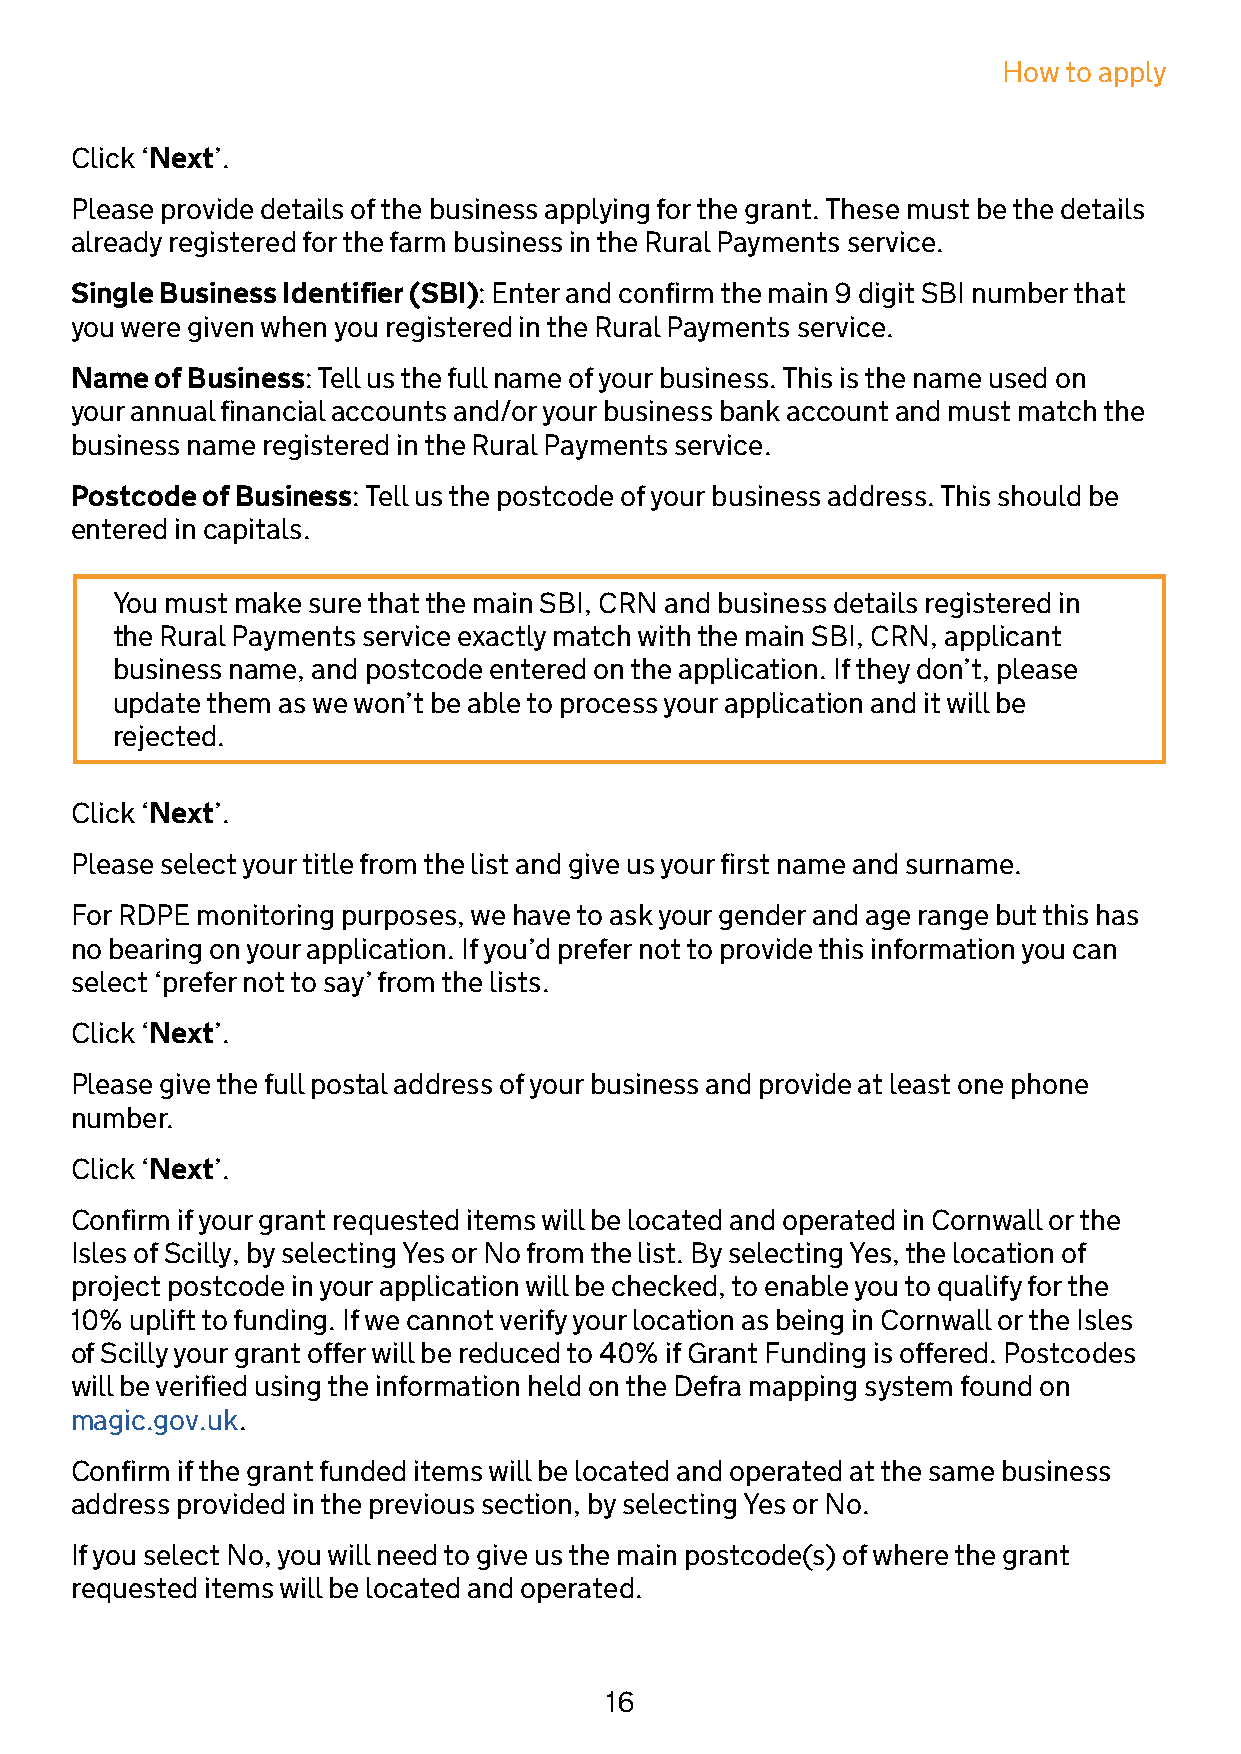
How to apply
 Click ‘Next’.
 Please provide details of the business applying for the grant. These must be the details
 already registered for the farm business in the Rural Payments service.
 Single Business Identifier (SBI): Enter and confirm the main 9 digit SBI number that
 you were given when you registered in the Rural Payments service.
 Name of Business: Tell us the full name of your business. This is the name used on
 your annual financial accounts and/or your business bank account and must match the
 business name registered in the Rural Payments service.
 Postcode of Business: Tell us the postcode of your business address. This should be
 entered in capitals.
 You must make sure that the main SBI, CRN and business details registered in
 the Rural Payments service exactly match with the main SBI, CRN, applicant
 business name, and postcode entered on the application. If they don’t, please
 update them as we won’t be able to process your application and it will be
 rejected.
 Click ‘Next’.
 Please select your title from the list and give us your first name and surname.
 For RDPE monitoring purposes, we have to ask your gender and age range but this has
 no bearing on your application. If you’d prefer not to provide this information you can
 select ‘prefer not to say’ from the lists.
 Click ‘Next’.
 Please give the full postal address of your business and provide at least one phone
 number.
 Click ‘Next’.
 Confirm if your grant requested items will be located and operated in Cornwall or the
 Isles of Scilly, by selecting Yes or No from the list. By selecting Yes, the location of
 project postcode in your application will be checked, to enable you to qualify for the
 10% uplift to funding. If we cannot verify your location as being in Cornwall or the Isles
 of Scilly your grant offer will be reduced to 40% if Grant Funding is offered. Postcodes
 will be verified using the information held on the Defra mapping system found on
 magic.gov.uk.
 Confirm if the grant funded items will be located and operated at the same business
 address provided in the previous section, by selecting Yes or No.
 If you select No, you will need to give us the main postcode(s) of where the grant
 requested items will be located and operated.
 16